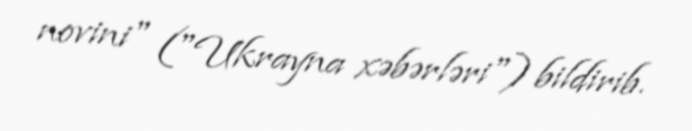
novini" ("Ukrayna xəbərləri") bildirib.